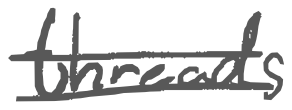
Text: threads
Cross-out: mix
Writing tool: digital_gray